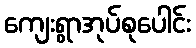
ကျေးရွာအုပ်စုပေါင်း